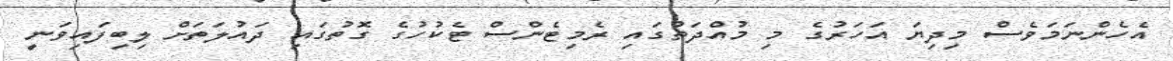
އެހެންނަމަވެސް މިދިޔަ އަހަރުގެ މި މުއްދަތުގައި ރެމިޓެންސް ޓެކުހުގެ ގޮތުގައި ދައުލަތަށް ލިބިފައިވަނީ